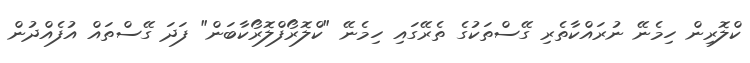
ކްލޮރިން ހިމެނޭ ނުރައްކާތެރި ގޭސްތަކުގެ ތެރޭގައި ހިމެނޭ "ކްލޮރޯފްލޮރޯކާބަން" ފަދަ ގޭސްތައް އުފެއްދުން